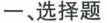
一、选择题